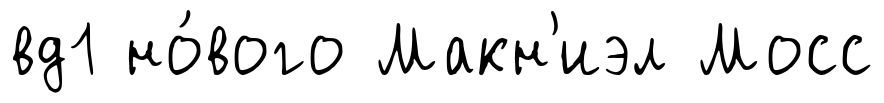
вд1 но́вого Макн'иэл Мосс